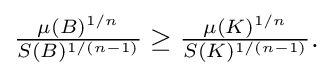
{\textstyle {\frac {\mu (B)^{1/n}}{S(B)^{1/(n-1)}}}\geq {\frac {\mu (K)^{1/n}}{S(K)^{1/(n-1)}}}.}